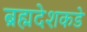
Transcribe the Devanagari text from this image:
ब्रह्मदेशकडे